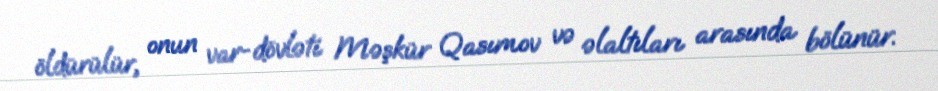
öldürülür, onun var-dövləti Məşkür Qasımov və əlaltıları arasında bölünür.